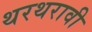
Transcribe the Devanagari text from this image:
थरथरावी